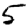
Digit: 5